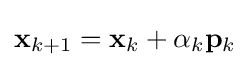
\mathbf {x} _{k+1}=\mathbf {x} _{k}+\alpha _{k}\mathbf {p} _{k}